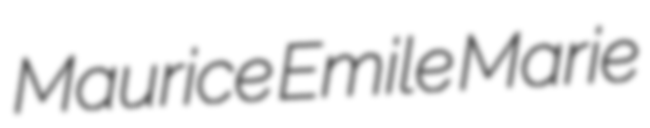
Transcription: Maurice Emile Marie